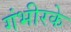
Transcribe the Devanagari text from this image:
गंभीरके